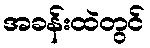
အခန်းထဲတွင်